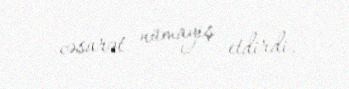
cəsarət nümayiş etdirdi.